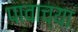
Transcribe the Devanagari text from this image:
पावाच्या